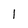
Character: 1